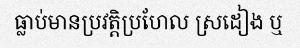
ធ្លាប់មានប្រវត្តិប្រហែល ស្រដៀង ឬ